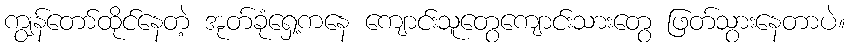
ကျွန်တော်ထိုင်နေတဲ့ အုတ်ခုံရှေ့ကနေ ကျောင်းသူတွေကျောင်းသားတွေ ဖြတ်သွားနေတာပဲ။